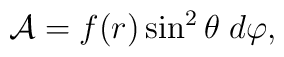
{\cal A} = f(r) \sin^2\theta\; d\varphi,